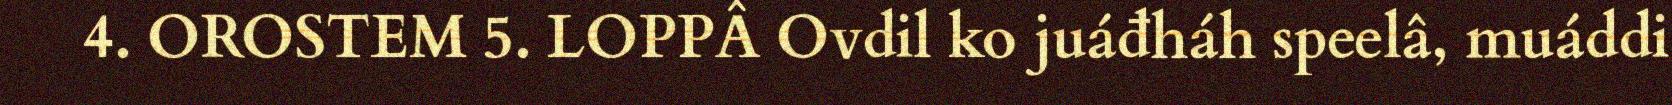
4. OROSTEM 5. LOPPÂ Ovdil ko juáđháh speelâ, muáddi